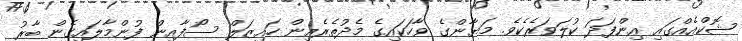
ޝޮކްއެއްގައި އިންފަދަ ކުލަވަރެކެވެ. މަޔާންގެ ވާހަކައިގެ މެދުތެރެއިން ހައިޒަލް ސޯފާއިން ފުންމާލައިގެން ބާރު